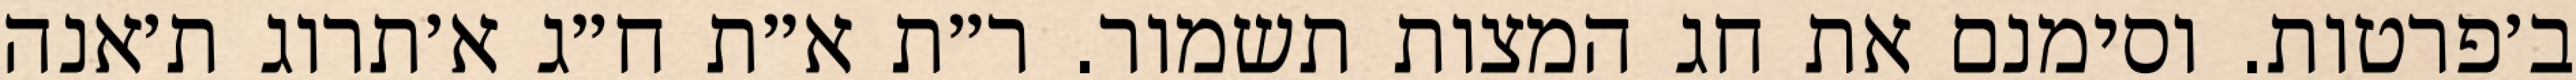
ב׳פרטות. וסימנם את חג המצות תשמור. ר״ת א״ת ח״ג א׳תרוג ת׳אנה